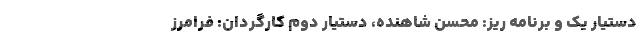
دستیار یک و برنامه ریز: محسن شاهنده، دستیار دوم کارگردان: فرامرز